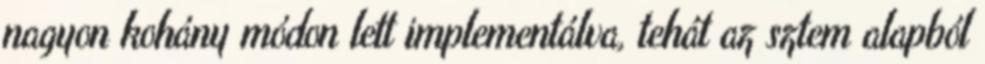
nagyon kohány módon lett implementálva, tehát az sztem alapból